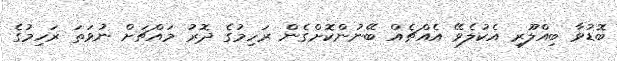
ބޮޑުވާ ބިއްލޫރި އެކުލެވޭ އެއްޗެއް ބޭނުންކޮށްގެން ރަހިމުގެ ދޮރު މައްޗަށް ނުވަތަ ރަހިމުގެ